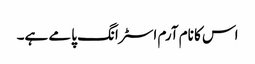
اس کا نام آرم اسٹرانگ پامے ہے۔